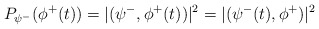
\begin{align*}P_{\psi^-} (\phi^+(t)) = |(\psi^-, \phi^+(t))|^2 =|(\psi^-(t),\phi^+)|^2\end{align*}